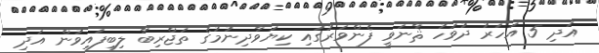
އަދި 5 އަހަރު ދުވަހު ޘާނަވީ ފެންވަރުގައި ކިޔަވާދިނުމުގެ ތަޖްރިބާ ލިބިފައިވުން އަދި